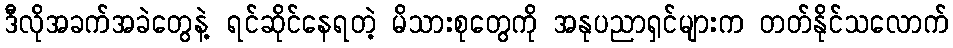
ဒီလိုအခက်အခဲတွေနဲ့ ရင်ဆိုင်နေရတဲ့ မိသားစုတွေကို အနုပညာရှင်များက တတ်နိုင်သလောက်